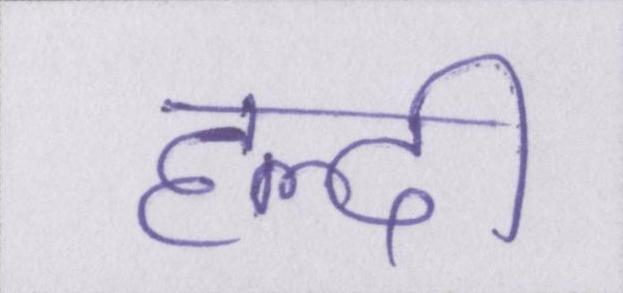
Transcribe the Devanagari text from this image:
हल्दी